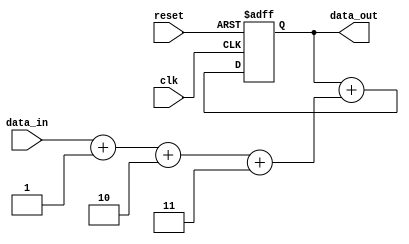
module Pipeline_Accumulator (
    input wire clk,
    input wire reset,
    input wire [31:0] data_in,
    output wire [31:0] data_out
);

reg [31:0] accumulator;
reg [31:0] result_1, result_2, result_3; // Results from Arithmetic blocks

// Arithmetic block 1
assign result_1 = data_in + 1; // Example operation

// Arithmetic block 2
assign result_2 = result_1 + 2; // Example operation

// Arithmetic block 3
assign result_3 = result_2 + 3; // Example operation

// Accumulator - final output
always @(posedge clk or posedge reset) begin
    if (reset) begin
        accumulator <= 0;
    end else begin
        accumulator <= accumulator + result_3;
    end
end

assign data_out = accumulator;

endmodule